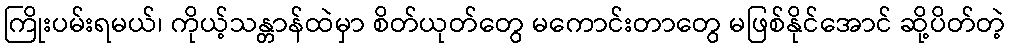
ကြိုးပမ်းရမယ်၊ ကိုယ့်သန္တာန်ထဲမှာ စိတ်ယုတ်တွေ မကောင်းတာတွေ မဖြစ်နိုင်အောင် ဆို့ပိတ်တဲ့